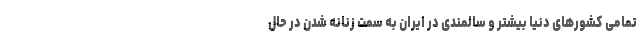
تمامی کشورهای دنیا بیشتر و سالمندی در ایران به سمت زنانه شدن در حال